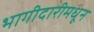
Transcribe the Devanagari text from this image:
भागीदारीमधून